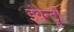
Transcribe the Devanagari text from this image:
इंवेन्ट्री